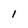
Character: 1